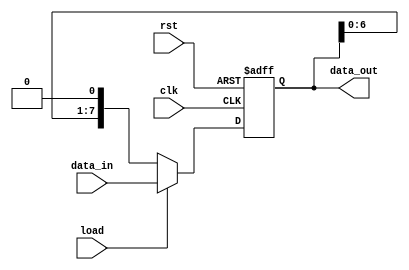
module ParameterizedShiftRegister #(
    parameter WIDTH = 8,  // Default width of the shift register
    parameter DIR = 0     // Default direction: 0 for left shift, 1 for right shift
) (
    input wire clk,       // Clock signal
    input wire rst,       // Asynchronous reset signal
    input wire load,      // Load control signal
    input wire [WIDTH-1:0] data_in, // Input data bus
    output reg [WIDTH-1:0] data_out  // Output data bus
);

    // Always block triggered on the rising edge of the clock
    always @(posedge clk or posedge rst) begin
        if (rst) begin
            // Reset the shift register to zero
            data_out <= {WIDTH{1'b0}};
        end else if (load) begin
            // Load new data into the shift register
            data_out <= data_in;
        end else begin
            // Shift operation based on the direction
            if (DIR == 0) begin
                // Shift left
                data_out <= {data_out[WIDTH-2:0], 1'b0}; // MSB shifted out, LSB gets 0
            end else begin
                // Shift right
                data_out <= {1'b0, data_out[WIDTH-1:1]}; // LSB shifted out, MSB gets 0
            end
        end
    end

endmodule